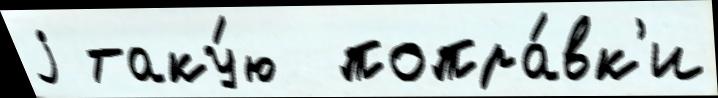
j таку́ю  попра́вк'и